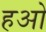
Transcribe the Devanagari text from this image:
हओ